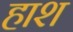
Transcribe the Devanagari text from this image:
हाश